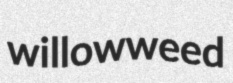
willowweed